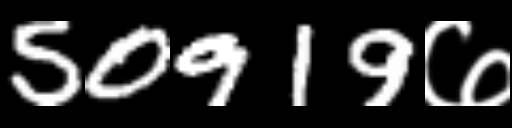
Text: 50919७